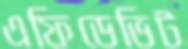
এফিডেভিট